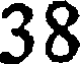
38